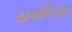
યવનિકા